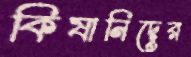
কিষানিদের